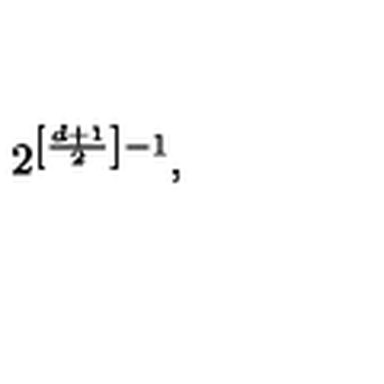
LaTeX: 2 ^ { \left[ \frac { d + 1 } { 2 } \right] - 1 } ,